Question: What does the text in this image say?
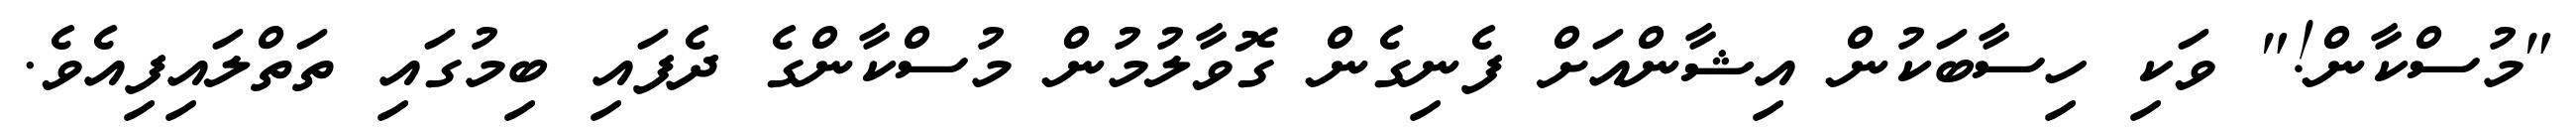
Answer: "މުސްކާން!" ވަކި ހިސާބަކުން އިޝާންއަށް ފެނިގެން ގޮވާލުމުން މުސްކާންގެ ދެފައި ބިމުގައި ތަތްލައިފިއެވެ.